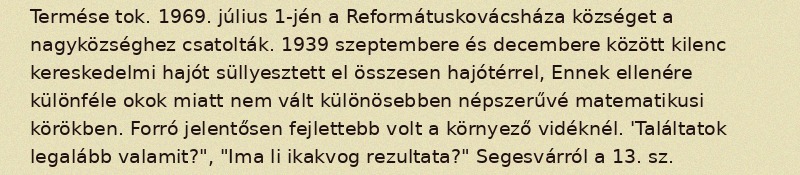
Termése tok. 1969. július 1-jén a Reformátuskovácsháza községet a nagyközséghez csatolták. 1939 szeptembere és decembere között kilenc kereskedelmi hajót süllyesztett el összesen hajótérrel, Ennek ellenére különféle okok miatt nem vált különösebben népszerűvé matematikusi körökben. Forró jelentősen fejlettebb volt a környező vidéknél. 'Találtatok legalább valamit?", "Ima li ikakvog rezultata?" Segesvárról a 13. sz.